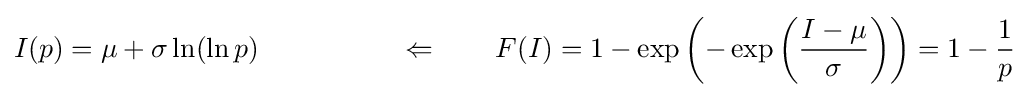
I(p)=\mu +\sigma \ln(\ln p)\quad \quad \quad \quad \quad \Leftarrow \quad \quad F(I)=1-\exp \left(-\exp \left({\frac {I-\mu }{\sigma }}\right)\right)=1-{\frac {1}{p}}